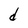
Character: d